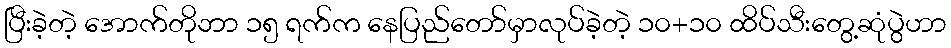
ပြီးခဲ့တဲ့ အောက်တိုဘာ ၁၅ ရက်က နေပြည်တော်မှာလုပ်ခဲ့တဲ့ ၁၀+၁၀ ထိပ်သီးတွေ့ဆုံပွဲဟာ